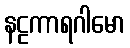
နဠကာရဂါမော